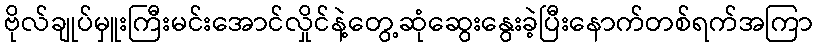
ဗိုလ်ချုပ်မှူးကြီးမင်းအောင်လှိုင်နဲ့တွေ့ဆုံဆွေးနွေးခဲ့ပြီးနောက်တစ်ရက်အကြာ